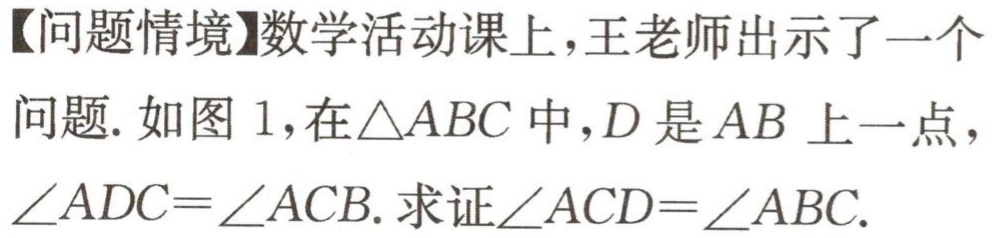
【问题情境】数学活动课上，王老师出示了一个
问题. 如图 1，在$\triangle ABC$中，$D$是$AB$上一点，
$\angle ADC = \angle ACB$. 求证$\angle ACD = \angle ABC$.